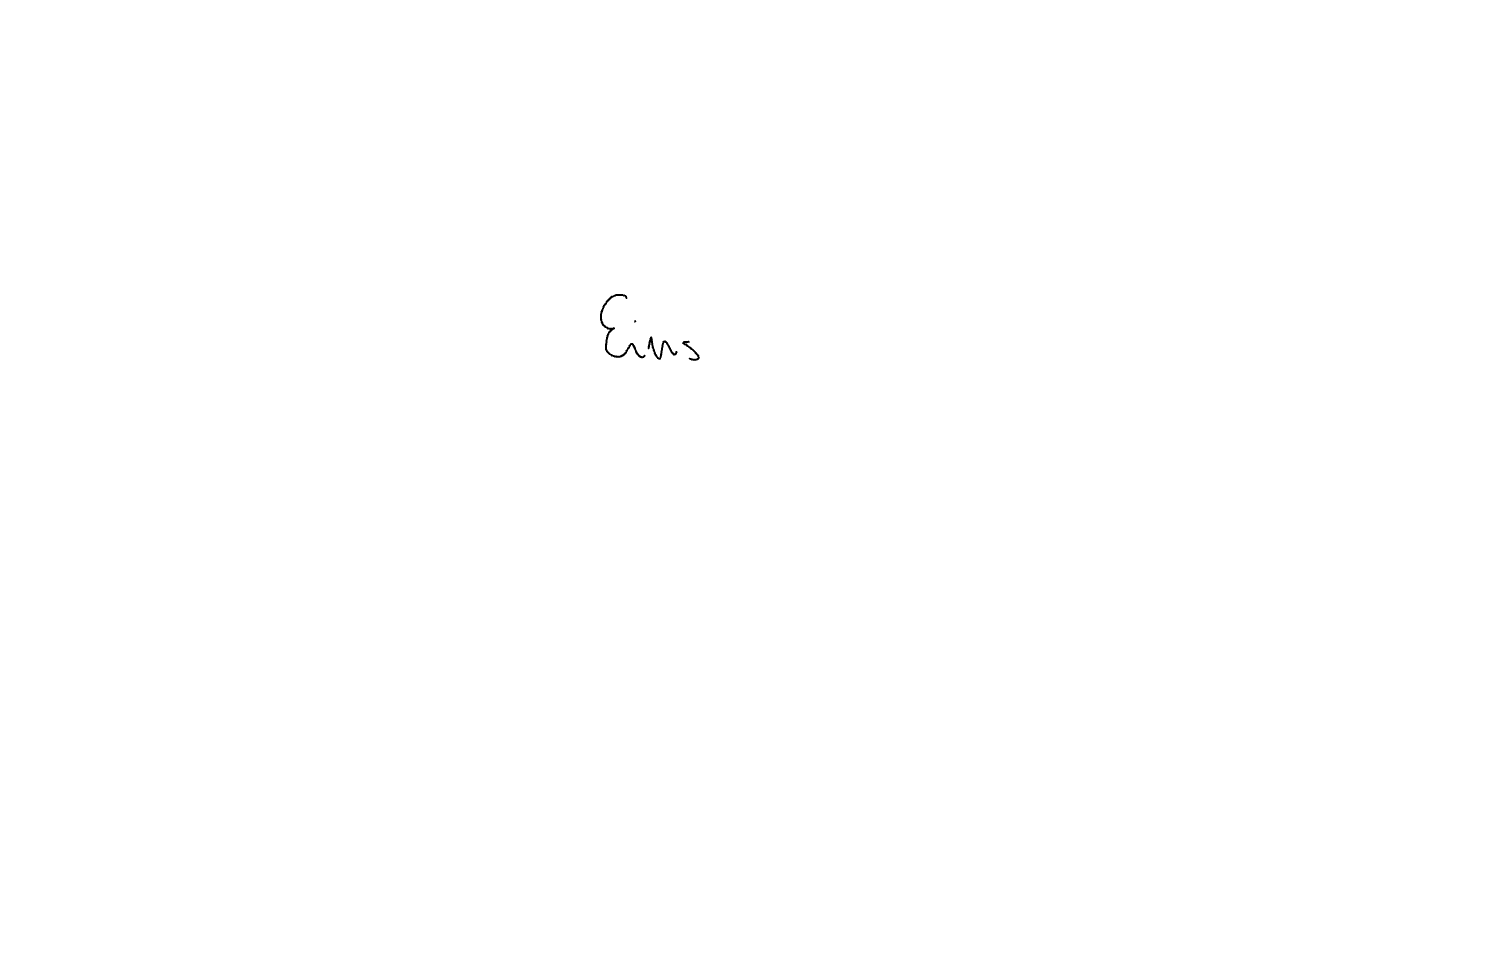
Text: Eins